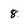
Character: 8